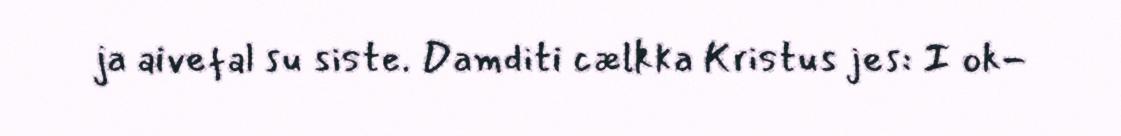
ja aivefal su siste. Damditi cælkka Kristus jes: I ok-